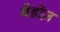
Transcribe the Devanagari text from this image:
बेडोज़